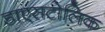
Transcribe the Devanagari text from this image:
डाएसटोलिक